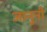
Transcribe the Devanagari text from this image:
जानुनी